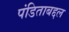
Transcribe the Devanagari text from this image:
पंडिताबद्दल